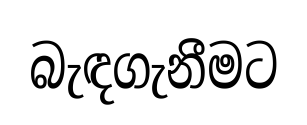
බැඳගැනීමට